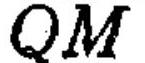
\(QM\)